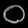
Digit: ၀